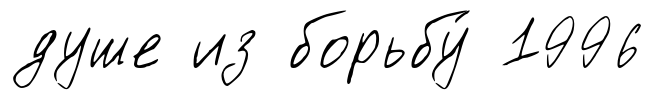
душе из борьбу́ 1996